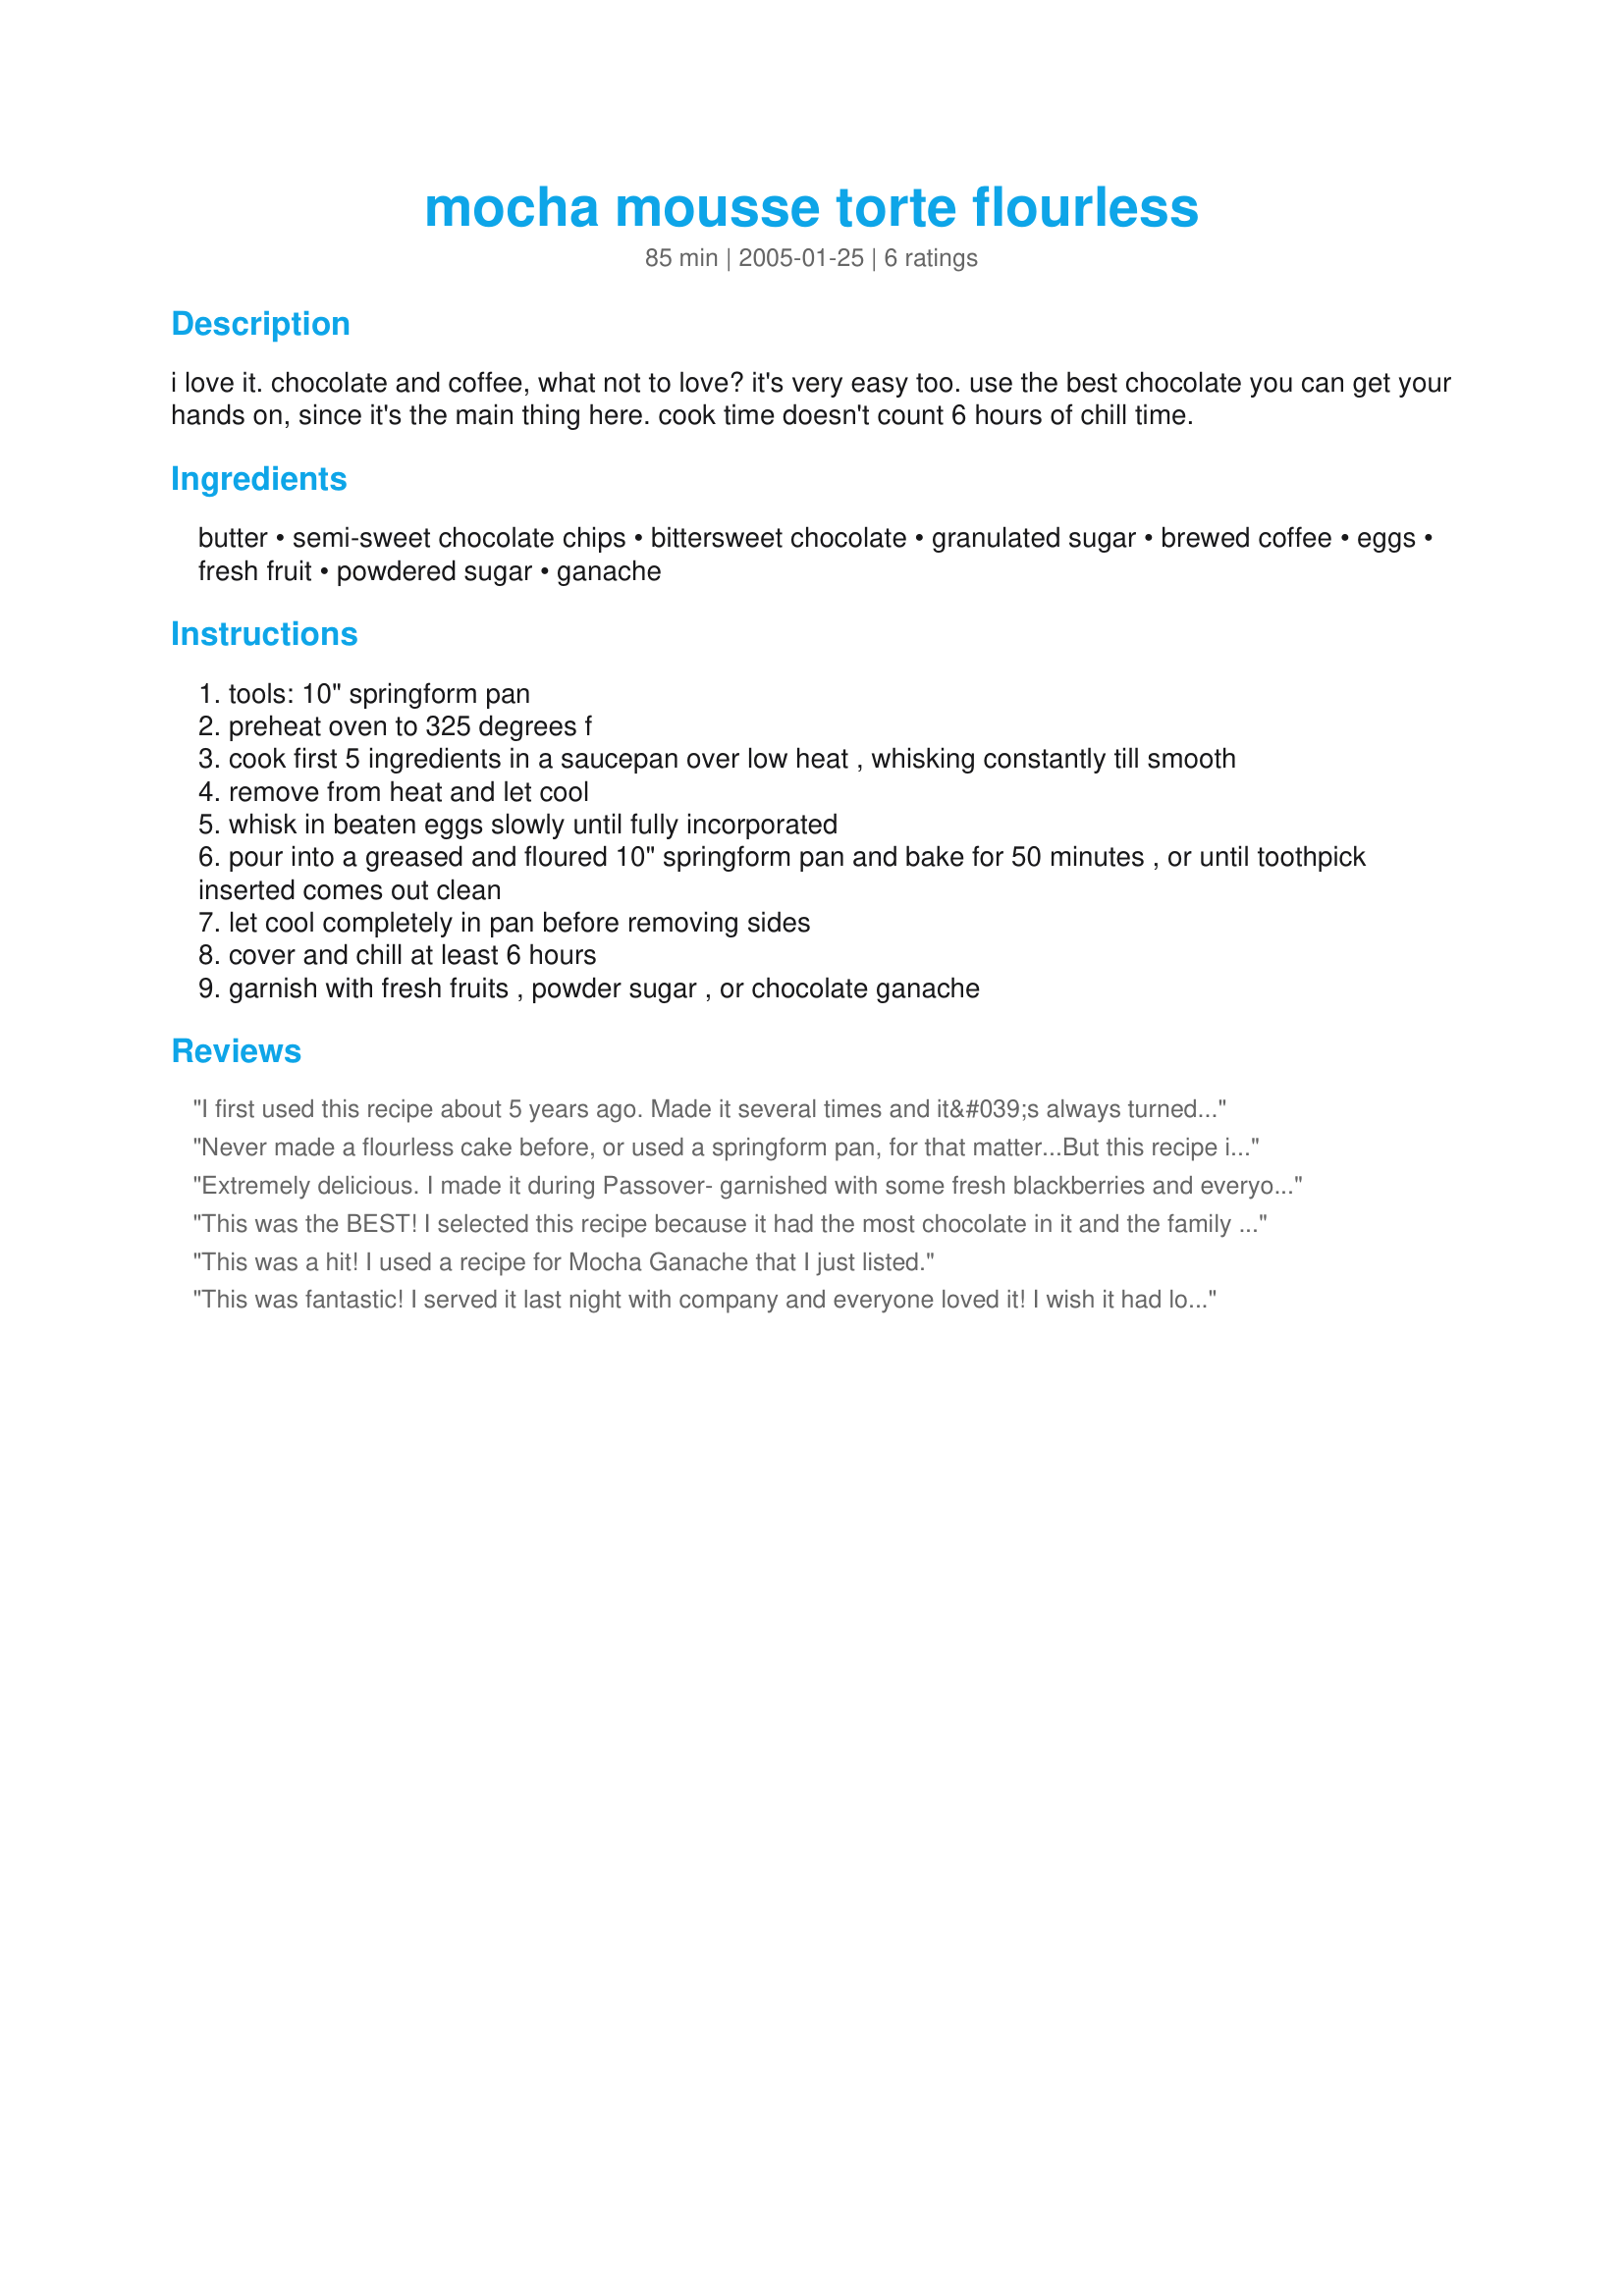
mocha mousse torte flourless
Preparation time: 85 minutes

i love it. chocolate and coffee, what not to love? it's very easy too. use the best chocolate you can get your hands on, since it's the main thing here. cook time doesn't count 6 hours of chill time.

Ingredients:
butter, semi-sweet chocolate chips, bittersweet chocolate, granulated sugar, brewed coffee, eggs, fresh fruit, powdered sugar, ganache

Steps:
tools: 10" springform pan
preheat oven to 325 degrees f
cook first 5 ingredients in a saucepan over low heat , whisking constantly till smooth
remove from heat and let cool
whisk in beaten eggs slowly until fully incorporated
pour into a greased and floured 10" springform pan and bake for 50 minutes , or until toothpick inserted comes out clean
let cool completely in pan before removing sides
cover and chill at least 6 hours
garnish with fresh fruits , powder sugar , or chocolate ganache

Reviews:
I first used this recipe about 5 years ago. Made it several times and it&#039;s always turned out great!
Never made a flourless cake before, or used a springform pan, for that matter...But this recipe is so easy and elegant and delicious. I subsitituted Splenda for the sugar and used 77% dark chocolate for the bittersweet. I also served Raspberry Coulis instead of the Ganache...I thought it might be too much chocolate, but this was a fabulous desert. The perfect end to our Valentine's Day dinner. Thanks so posting.
Extremely delicious. I made it during Passover- garnished with some fresh blackberries and everyone loved it. Will defianately become a regular at our Passover table. Thanks!
This was the BEST! I selected this recipe because it had the most chocolate in it and the family truly appreciated it! While every one ate, all you could hear was, "Mmmm" and then spoons scraping against the dishes. The top was just crusted and the inside was smooth and delicous. We served it with a dollop of whipped cream and a spoonful of black rasberry ice cream. Thank you for a keeper!
This was a hit! I used a recipe for Mocha Ganache that I just listed.
This was fantastic! I served it last night with company and everyone loved it! I wish it had looked prettier but it tasted wonderful. It did take awhile for the chocolate and butter to fully melt and I had to cook ithe cake about 15 minutes longer to get the center cooked. But it tasted sooooo yummy!!!! I covered it with a chocolate ganache (2/3 cream and 8 oz choclate). I also made white chocolate stars and put that around the edge with raspberries. The raspberries helped to keep the cake from being too rich. Definitely a decadent dessert! We loved it and it was easy to put together! You just need to have enough time for it to cook and then chill. Thanks for a wonderful recipe!!
